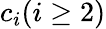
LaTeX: c_{i}(i\geq 2)